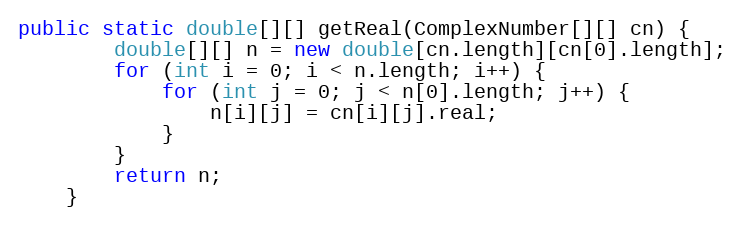
Language: Java
public static double[][] getReal(ComplexNumber[][] cn) {
        double[][] n = new double[cn.length][cn[0].length];
        for (int i = 0; i < n.length; i++) {
            for (int j = 0; j < n[0].length; j++) {
                n[i][j] = cn[i][j].real;
            }
        }
        return n;
    }